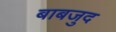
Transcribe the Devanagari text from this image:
बाबजुद